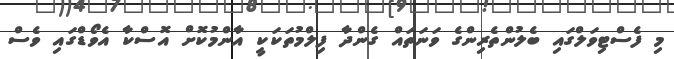
މި ފެސްޓިވަލްގައި ބެލުންތެރިންގެ ވަނަތައް ގެންދާ ފިލްމުތަކަކީ އާންމުކޮށް އޮސްކާ އެވޯޑްގައި ވެސް